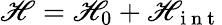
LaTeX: \mathscr{H}=\mathscr{H}_{0}+\mathscr{H}_{\mathrm{{~i~n~t~}}}